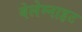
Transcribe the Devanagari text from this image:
बेलेम्नाइट